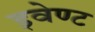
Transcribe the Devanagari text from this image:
इवेण्ट